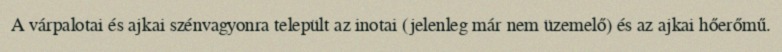
A várpalotai és ajkai szénvagyonra települt az inotai (jelenleg már nem üzemelő) és az ajkai hőerőmű.